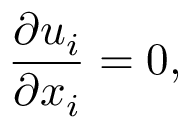
\frac { \partial u _ { i } } { \partial x _ { i } } = 0 ,